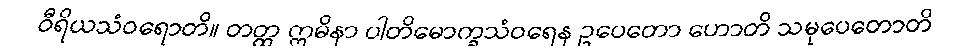
ဝီရိယသံဝရောတိ။ တတ္ထ ဣမိနာ ပါတိမောက္ခသံဝရေန ဥပေတော ဟောတိ သမုပေတောတိ